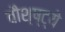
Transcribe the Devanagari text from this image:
वौश्ष्ट्ये